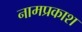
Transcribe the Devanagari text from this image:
नामप्रकाश